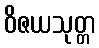
ဝိဇယသုတ္တ